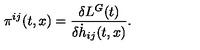
{ } { \pi } ^ { i j } ( t , x ) = \frac { \delta L ^ { G } ( t ) } { \delta { \dot { h } } _ { i j } ( t , x ) } .